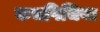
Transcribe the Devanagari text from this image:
कचपिचिया